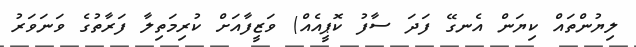
ލިޔުންތައް ކިޔަން އެނގޭ ފަދަ ސާފު ކޮޕީއެއް) ވަޒީފާއަށް ކުރިމަތިލާ ފަރާތުގެ ވަނަވަރު